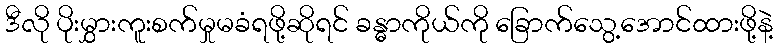
ဒီလို ပိုးမွှားကူးစက်မှုမခံရဖို့ဆိုရင် ခန္ဓာကိုယ်ကို ခြောက်သွေ့အောင်ထားဖို့နဲ့